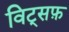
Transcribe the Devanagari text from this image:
विट्सफ़